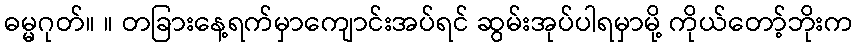
ဓမ္မဂုတ်။ ။ တခြားနေ့ရက်မှာကျောင်းအပ်ရင် ဆွမ်းအုပ်ပါရမှာမို့ ကိုယ်တော့်ဘိုးက